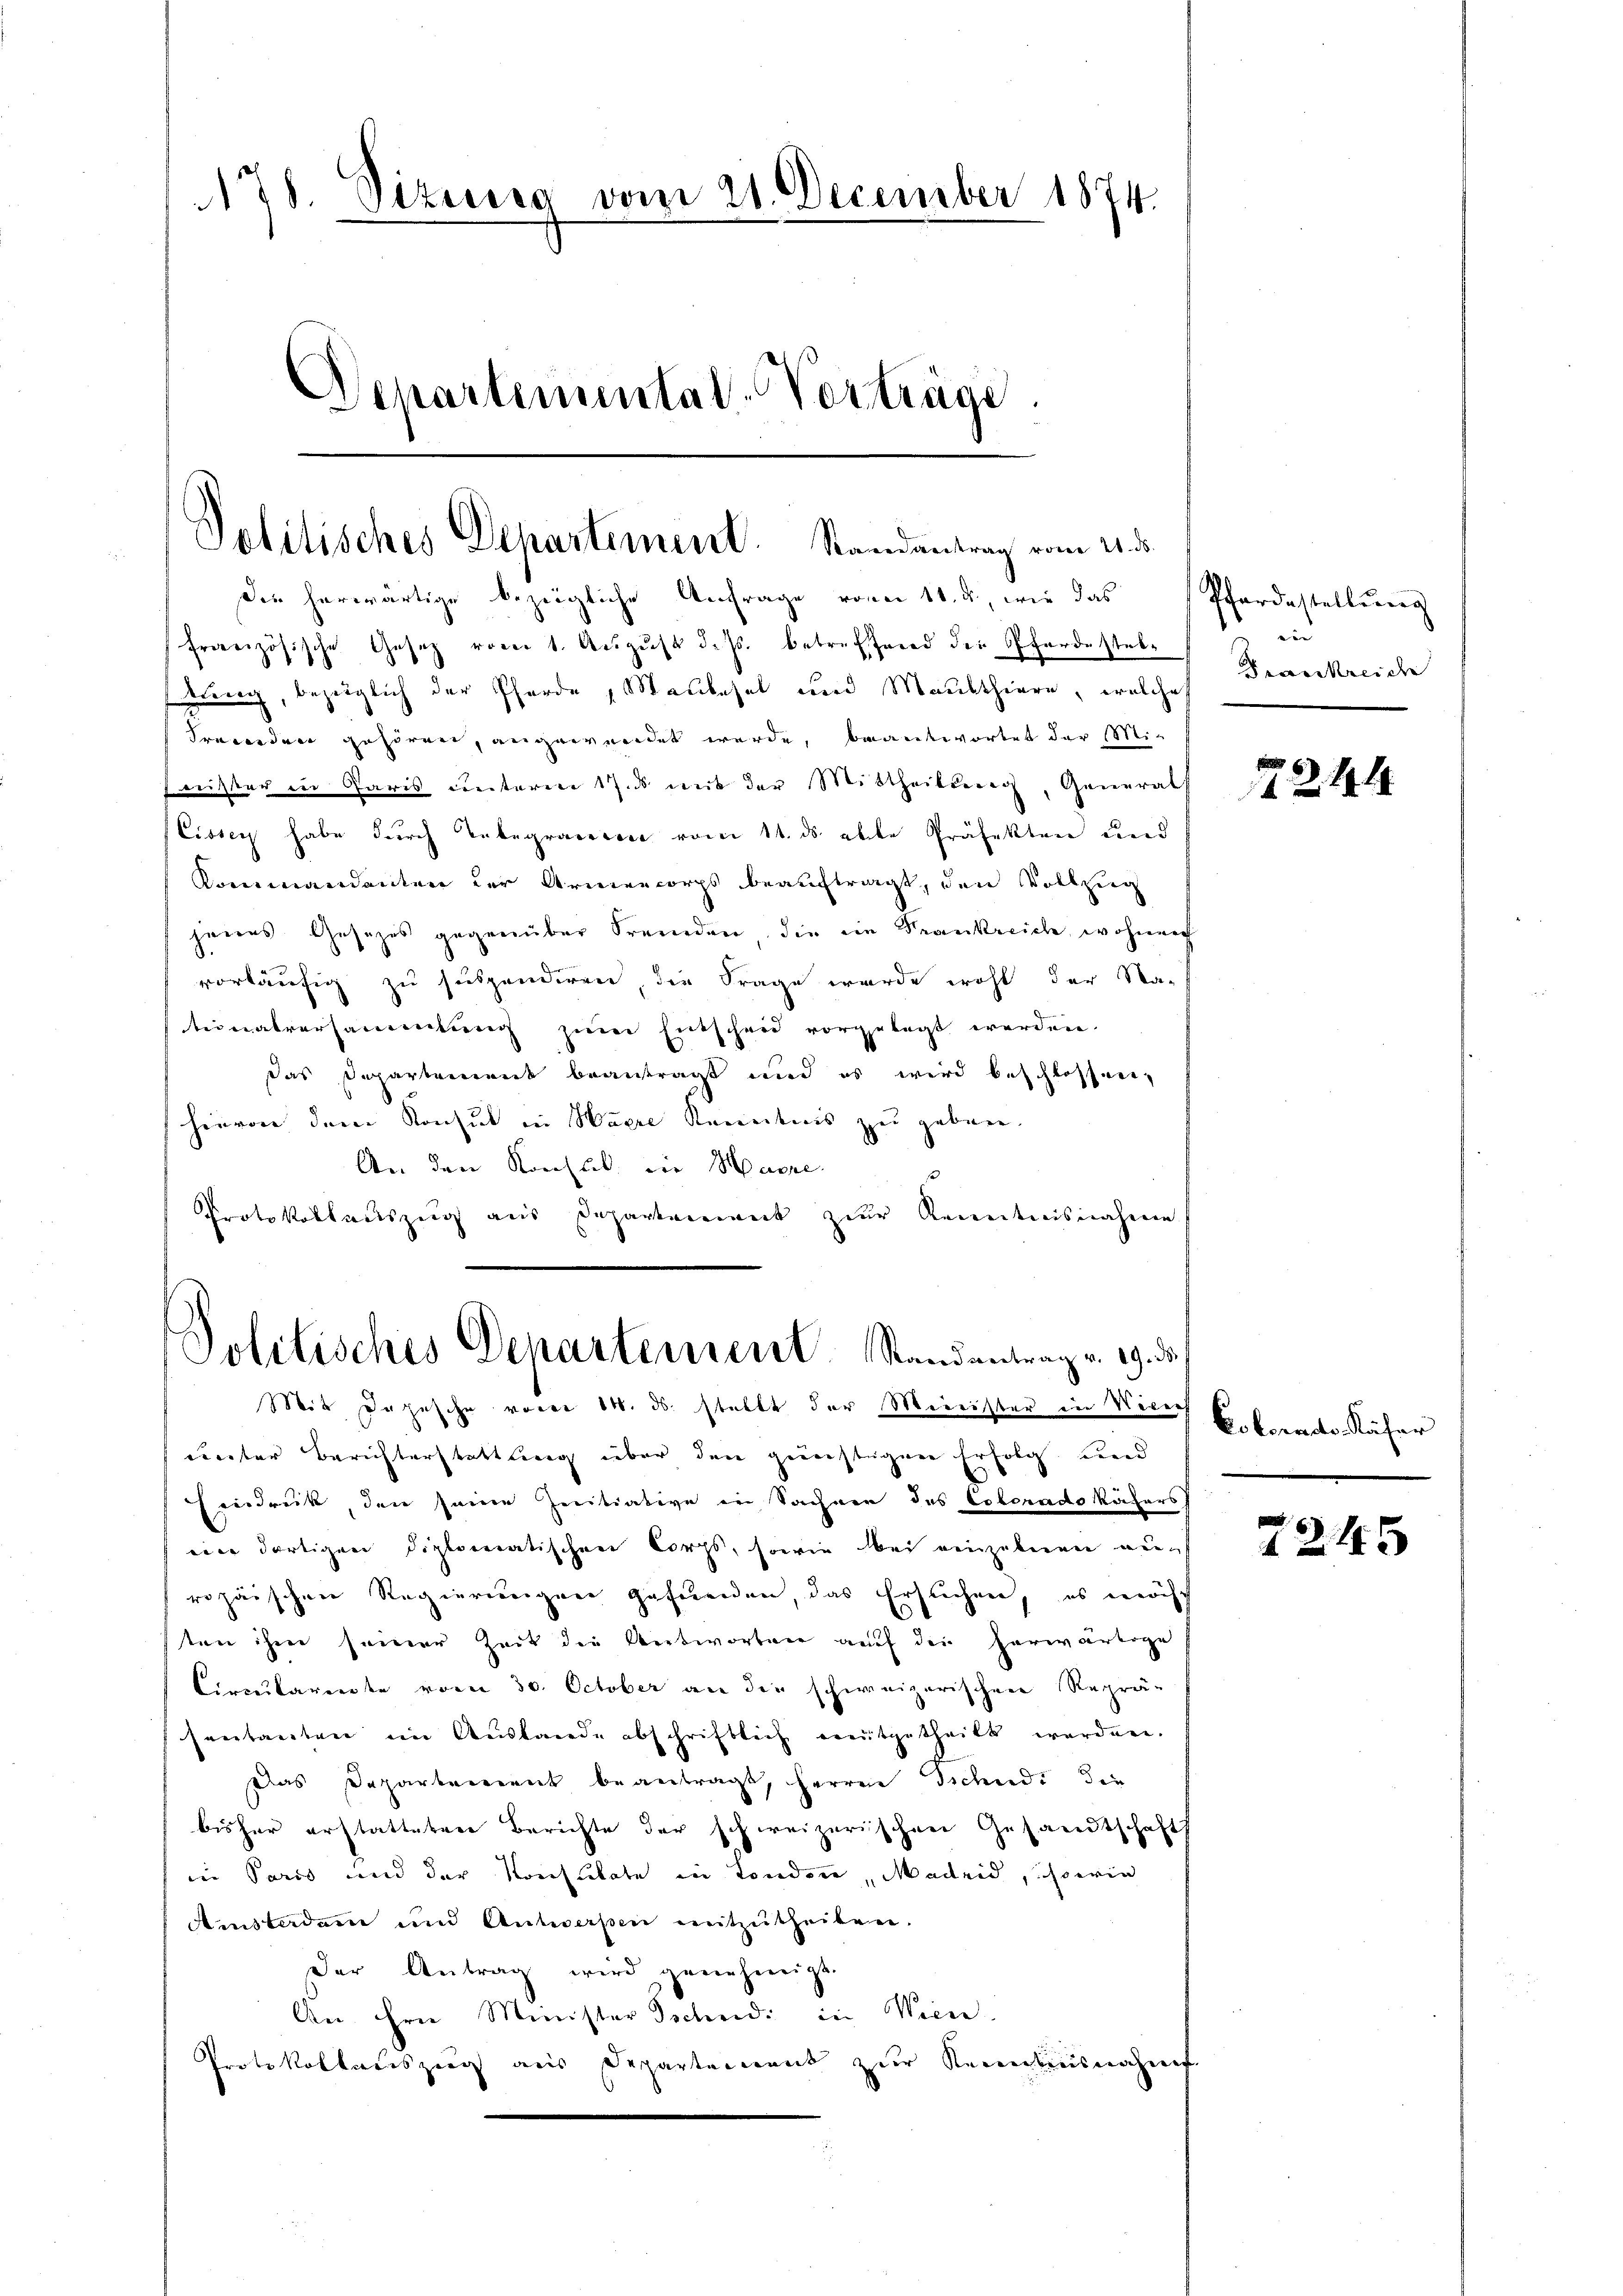
178. Sizzara vom 21. December 1874.
Departemental-Vorträge

Politisches Departement. Randantrag vom 21. d.

die herwärtige bezügliche Anfrage von 11. 2, wie das
französische Gesetz vom 1. Aŭgŭst d. Js. betreffend der Pfandestelzung, bezüglich der Pferde, Maubasel und Maulthiere, welche
Fremden gehören, angewendet werde, beantwortet der Mi¬
Freister in Paris unteren 17. mit der Mittheilung, Generals
Cissen habe durch Tabegraviren vom 11. ds. elte Präfekten und
Kommandanten der Armencorps beauftragt, den Vollzug
jenes Gesetzes gegenüber Fremden, die ein Frankreich wohner
vorläufig zu suspendiren, die Frage wurde wohl der Na-
teinalversammlung zum Entscheid vorgelegt werden.
das Departement beantragt und es wird beschlossen,
hievon dem Konsul in Haere Kenntnis zu geben.
An den Konsul die Harre
Protokollauszug aus Departement zur Kenntnisnahme
Mit Dahesche vorer 14. ds. stellt der Minister in Verer
unter Berichterstattung über den günstigen Erfolg und
Findruck den seine Initiative in Sachnen des Extradokäfers
eier dortigen diplomeratischen Corps, sowie bei einzelnen au
ropäischen Regierungen gefunden das Ersuchen, es innisch
ten ihm seiner Zeit die Antworten auf der herwärtige
Circularente vom 30. October an die schweizerischen Reprä-
sentanten im Auslande abschriftlich ereitgetheilt werden.
Das Departement beantragt, herren Sichende die
bisher erstatteten Berichte der schweizerischen Gesandtschaft
in Paris und der Konsultate in London, Madrid, so wie
Amsterdam und Antworfen mitzutheilen.
der Antrag wird genehmigt.
An ihre Minister Tschudi in Wien.
Protokollandszeug aus Departement zur Kenntnisnahme

Politisches Departement Randantrag v. 29. 35.

Pferdestellŭng
e
Frankreiche

.
1244

Colorado Käfer

245